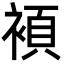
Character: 𮖗